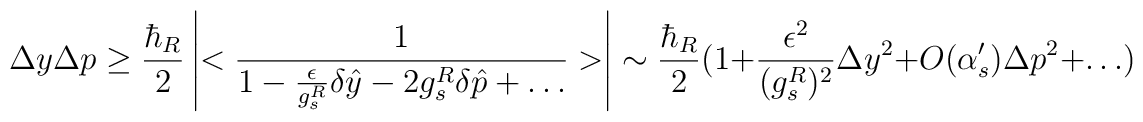
\Delta y \Delta p \ge \frac{\hbar_R}{2} \left| <\frac{1}{1 -{\epsilon \over g_s^R}\delta{\hat y}-2 g_s^R \delta{\hat p}+ \dots }>\right|\sim \frac{\hbar_R}{2} (1 + {\epsilon ^2\over (g_s^R)^2} \Delta y^2 + O(\alpha_s^{\prime})\Delta p ^2 + \dots )